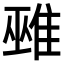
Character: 𨿏